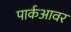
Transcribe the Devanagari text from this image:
पार्कआवर